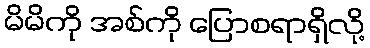
မိမိကို အစ်ကို ပြောစရာရှိလို့